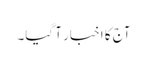
آج کا اخبار آ گیا۔